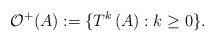
LaTeX: \begin{align*}\mathcal O^+(A):=\{T^k\left(A\right): k\ge 0\}. \end{align*}